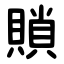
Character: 䞆